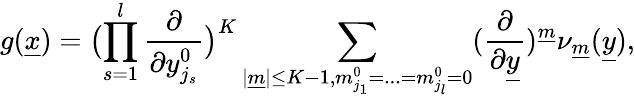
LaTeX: g(\underline{{{x}}})=\bigl(\prod_{s=1}^{l}\frac{\partial}{\partial y_{j_{s}}^{0}}\bigr)^{K}\sum_{|\underline{{{m}}}|\leq K-1,m_{j_{1}}^{0}=...=m_{j_{l}}^{0}=0}(\frac{\partial}{\partial\underline{{{y}}}})^{\underline{{{m}}}}\nu_{\underline{{{m}}}}(\underline{{{y}}}),